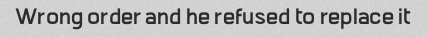
Wrong order and he refused to replace it